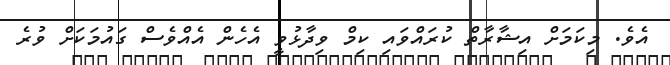
އެވެ. މިކަމަށް އިޝާރާތް ކުރައްވައި ކިމް ވިދާޅުވީ އެހެން އެއްވެސް ގައުމަކަށް ވުރެ